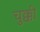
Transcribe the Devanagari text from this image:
चुक्की